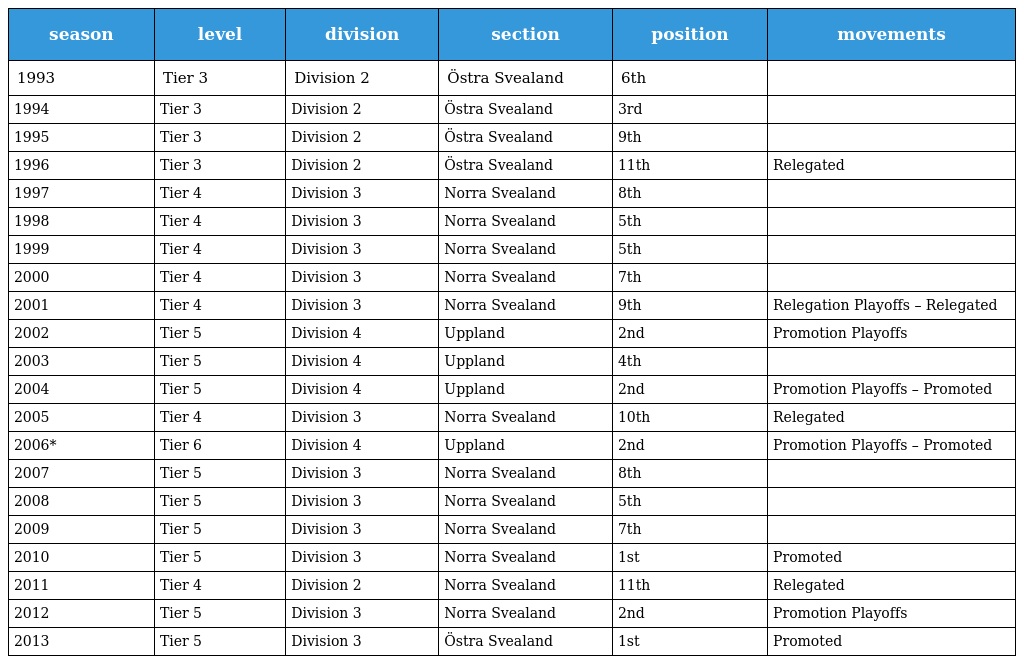
| season | level | division | section | position | movements |
 | --- | --- | --- | --- | --- | --- |
 | 1993 | Tier 3 | Division 2 | Östra Svealand | 6th |  |
 | 1994 | Tier 3 | Division 2 | Östra Svealand | 3rd |  |
 | 1995 | Tier 3 | Division 2 | Östra Svealand | 9th |  |
 | 1996 | Tier 3 | Division 2 | Östra Svealand | 11th | Relegated |
 | 1997 | Tier 4 | Division 3 | Norra Svealand | 8th |  |
 | 1998 | Tier 4 | Division 3 | Norra Svealand | 5th |  |
 | 1999 | Tier 4 | Division 3 | Norra Svealand | 5th |  |
 | 2000 | Tier 4 | Division 3 | Norra Svealand | 7th |  |
 | 2001 | Tier 4 | Division 3 | Norra Svealand | 9th | Relegation Playoffs – Relegated |
 | 2002 | Tier 5 | Division 4 | Uppland | 2nd | Promotion Playoffs |
 | 2003 | Tier 5 | Division 4 | Uppland | 4th |  |
 | 2004 | Tier 5 | Division 4 | Uppland | 2nd | Promotion Playoffs – Promoted |
 | 2005 | Tier 4 | Division 3 | Norra Svealand | 10th | Relegated |
 | 2006* | Tier 6 | Division 4 | Uppland | 2nd | Promotion Playoffs – Promoted |
 | 2007 | Tier 5 | Division 3 | Norra Svealand | 8th |  |
 | 2008 | Tier 5 | Division 3 | Norra Svealand | 5th |  |
 | 2009 | Tier 5 | Division 3 | Norra Svealand | 7th |  |
 | 2010 | Tier 5 | Division 3 | Norra Svealand | 1st | Promoted |
 | 2011 | Tier 4 | Division 2 | Norra Svealand | 11th | Relegated |
 | 2012 | Tier 5 | Division 3 | Norra Svealand | 2nd | Promotion Playoffs |
 | 2013 | Tier 5 | Division 3 | Östra Svealand | 1st | Promoted |